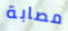
مصابة